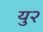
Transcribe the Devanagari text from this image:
यु२